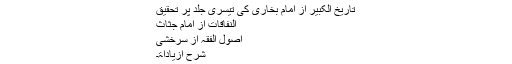
تاریخ الکبیر از امام بخاری کی تیسری جلد پر تحقیق
النفاقات از امام جثاث
اصول الفقہ از سرخشی
شرح ازیاداۃ۔